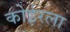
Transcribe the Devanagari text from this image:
कोईरला